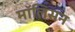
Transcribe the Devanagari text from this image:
मॉलिसन